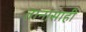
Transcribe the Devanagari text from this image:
तानासाही